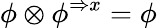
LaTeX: \phi\otimes\phi^{\Rightarrow x}=\phi